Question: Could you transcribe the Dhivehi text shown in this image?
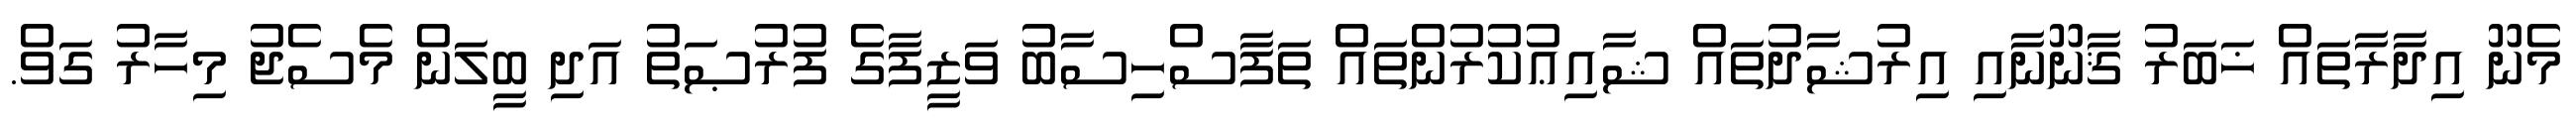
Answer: މެނޫ އިދާރާތައް ޚަބަރު ޤާނޫނާއި އިރުޝާދުތައް ޝާއިޢުކުރުންތައް ތަފާސްހިސާބު ވަޒީފާގެ ފުރުޞަތު އަދި ބީލަން މެސެޖު މިހާރު ގަވް.